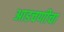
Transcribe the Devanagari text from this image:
आडचणीचा